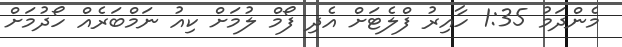
މެންދަމު 1:35 ހާއިރު ފްލެޓަށް އެދި ފޯމް ލުމަށް ކިއު ނަމްބަރެއް ހޯދުމަށް